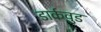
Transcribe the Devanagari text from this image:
डार्कवुड